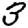
Digit: 3